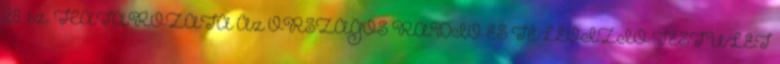
28. sz. HATÁROZATA Az ORSZÁGOS RÁDIÓ ÉS TELEVÍZIÓ TESTÜLET